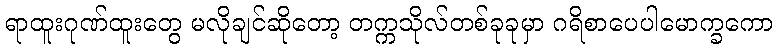
ရာထူးဂုဏ်ထူးတွေ မလိုချင်ဆိုတော့ တက္ကသိုလ်တစ်ခုခုမှာ ဂရိစာပေပါမောက္ခကော